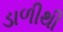
ડાળીથી